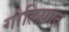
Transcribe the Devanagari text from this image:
गोलियात